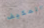
المكيف